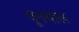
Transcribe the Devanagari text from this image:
पूनयाल